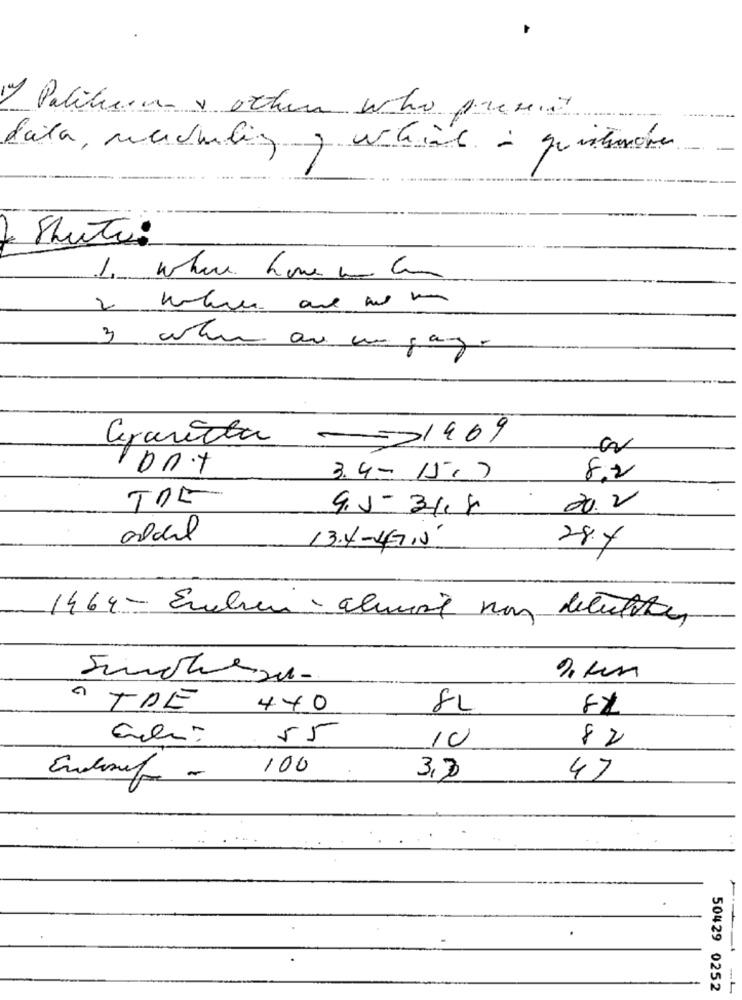
1) Politicsas a others who present
data, marcheling y urteil - quistumore
Shute:
1. where homem. com
2
3
when are un gang.
Granita
-31909
ont
3.4-15.7
8.2
TOL
9.5-3/4
20.2
aldil
3.4-47.0
28.4
1464- Enelen- alwine non deluttons
TDE
440
8L
55
10
82
100
3,30
47
-
50429 0252